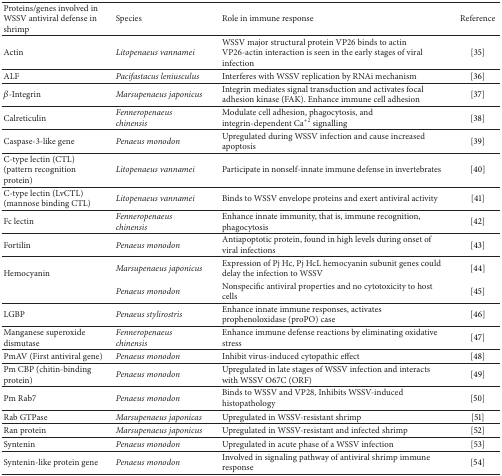
| Proteins/genes involved in WSSV antiviral defense in shrimp | Species | Role in immune response | Reference |
 | --- | --- | --- | --- |
 | Actin | Litopenaeus vannamei | WSSV major structural protein VP26 binds to actin VP26-actin interaction is seen in the early stages of viral infection | [35] |
 | ALF | Pacifastacus leniusculus | Interferes with WSSV replication by RNAi mechanism | [36] |
 | β-Integrin | Marsupenaeus japonicus | Integrin mediates signal transduction and activates focal adhesion kinase (FAK). Enhance immune cell adhesion | [37] |
 | Calreticulin | Fenneropenaeus chinensis | Modulate cell adhesion, phagocytosis, and integrin-dependent Ca+2 signalling | [38] |
 | Caspase-3-like gene | Penaeus monodon | Upregulated during WSSV infection and cause increased apoptosis | [39] |
 | C-type lectin (CTL) (pattern recognition protein) | Litopenaeus vannamei | Participate in nonself-innate immune defense in invertebrates | [40] |
 | C-type lectin (LvCTL) (mannose binding CTL) | Litopenaeus vannamei | Binds to WSSV envelope proteins and exert antiviral activity | [41] |
 | Fc lectin | Fenneropenaeus chinensis | Enhance innate immunity, that is, immune recognition, phagocytosis | [42] |
 | Fortilin | Penaeus monodon | Antiapoptotic protein, found in high levels during onset of viral infections | [43] |
 | <ROWSPAN=2> Hemocyanin | Marsupenaeus japonicus | Expression of Pj Hc, Pj HcL hemocyanin subunit genes could delay the infection to WSSV | [44] |
 | Penaeus monodon | Nonspecific antiviral properties and no cytotoxicity to host cells | [45] |
 | LGBP | Penaeus stylirostris | Enhance innate immune responses, activates prophenoloxidase (proPO) case | [46] |
 | Manganese superoxide dismutase | Fenneropenaeus chinensis | Enhance immune defense reactions by eliminating oxidative stress | [47] |
 | PmAV (First antiviral gene) | Penaeus monodon | Inhibit virus-induced cytopathic effect | [48] |
 | Pm CBP (chitin-binding protein) | Penaeus monodon | Upregulated in late stages of WSSV infection and interacts with WSSV O67C (ORF) | [49] |
 | Pm Rab7 | Penaeus monodon | Binds to WSSV and VP28, Inhibits WSSV-induced histopathology | [50] |
 | Rab GTPase | Marsupenaeus japonicas | Upregulated in WSSV-resistant shrimp | [51] |
 | Ran protein | Marsupenaeus japonicus | Upregulated in WSSV-resistant and infected shrimp | [52] |
 | Syntenin | Penaeus monodon | Upregulated in acute phase of a WSSV infection | [53] |
 | Syntenin-like protein gene | Penaeus monodon | Involved in signaling pathway of antiviral shrimp immune response | [54] |